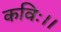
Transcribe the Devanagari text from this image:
कविः।।